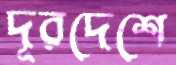
দূরদেশে